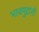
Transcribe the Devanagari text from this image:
भावमुद्रांनी